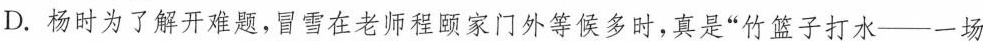
D.杨时为了解开难题，冒雪在老师程颐家门外等候多时，真是”竹篮子打水——一场